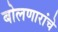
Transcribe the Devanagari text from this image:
बोलणारांचे